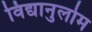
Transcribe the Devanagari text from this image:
विद्यानुलोम